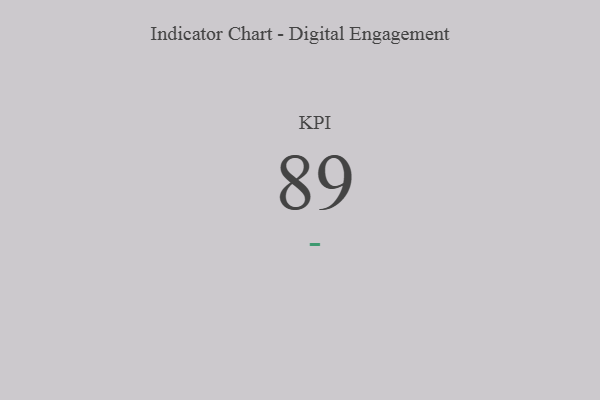
{"axis": {"x": "KPI", "y": "Value"}, "legend": [""], "data": [{"x": "KPI", "y": 89, "type": ""}]}